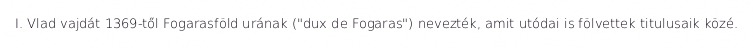
I. Vlad vajdát 1369-től Fogarasföld urának ("dux de Fogaras") nevezték, amit utódai is fölvettek titulusaik közé.